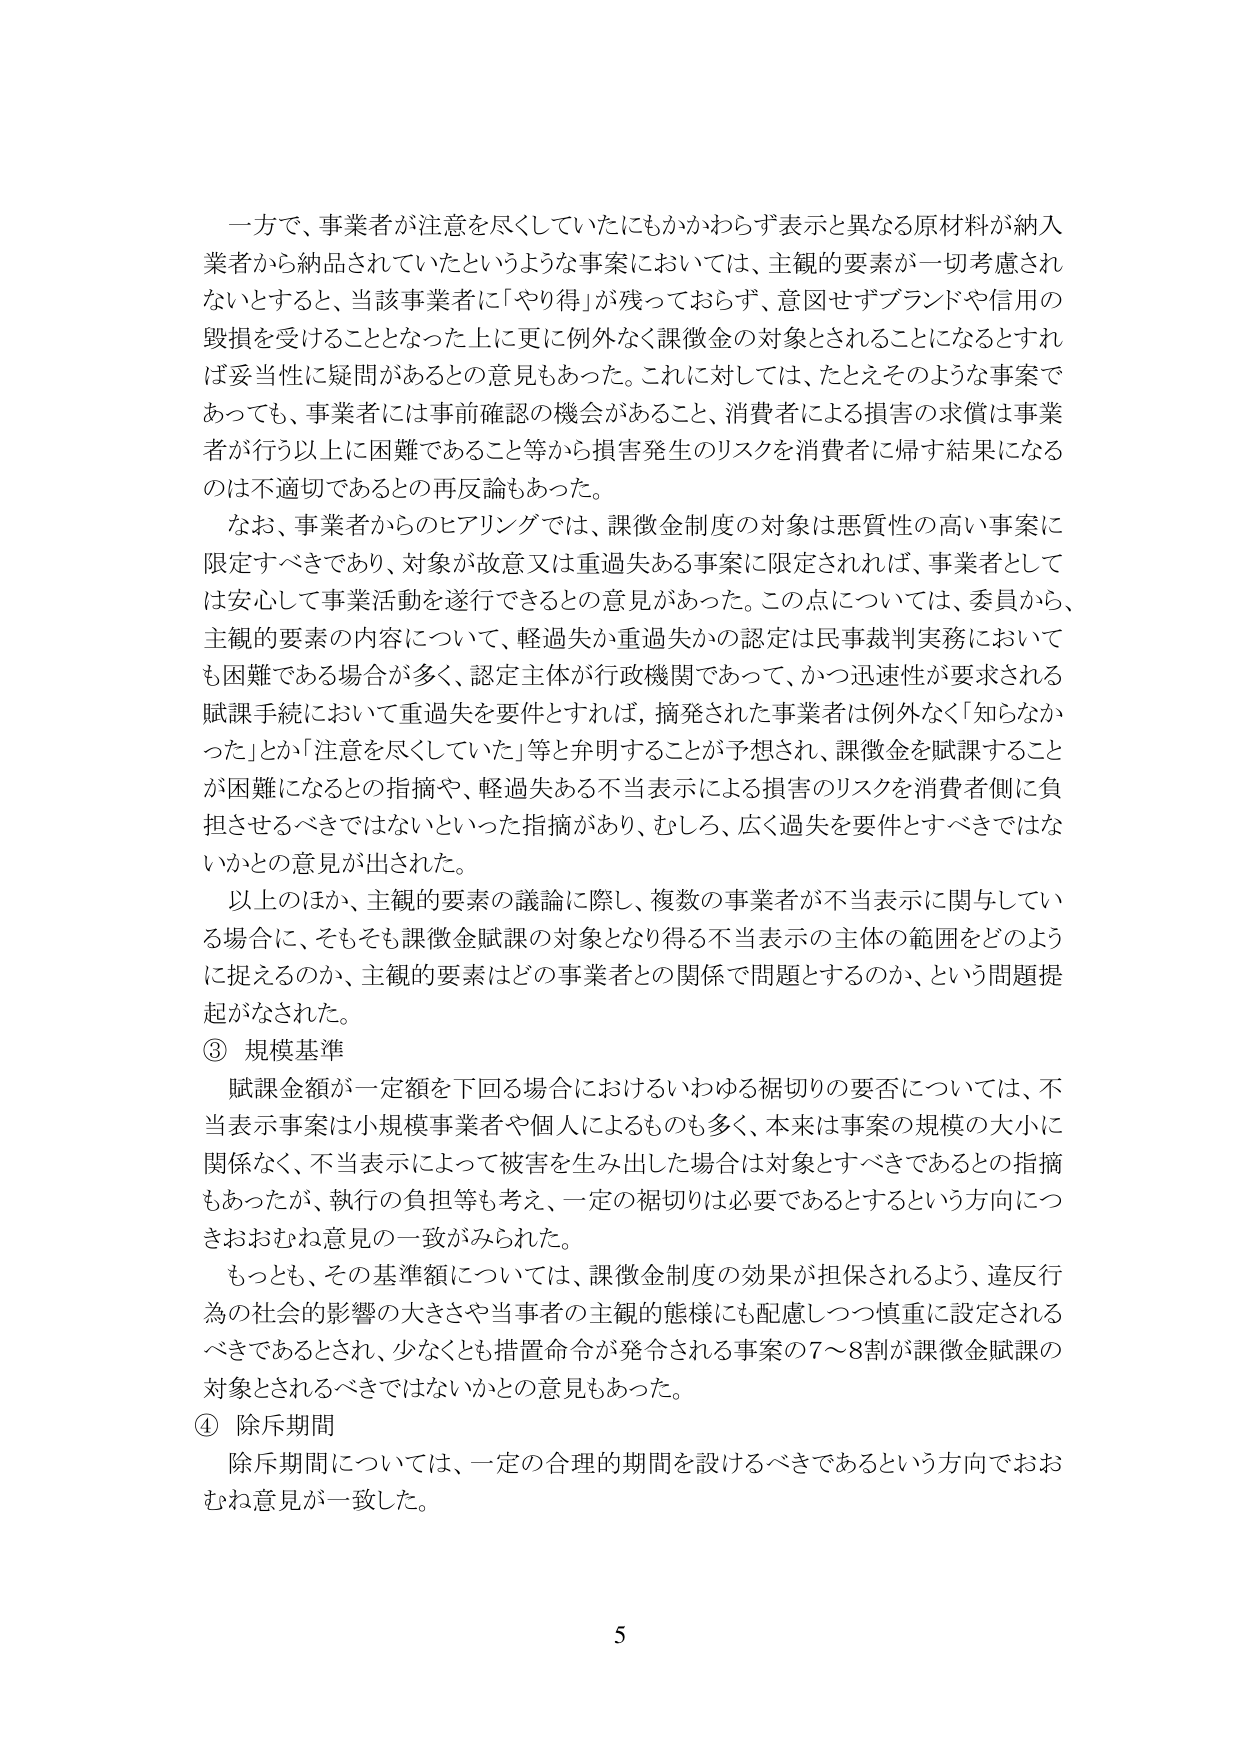
一方で、事業者が注意を尽くしていたにもかかわらず表示と異なる原材料が納入業者から納品されていたというような事案においては、主観的要素が一切考慮されないとすると、当該事業者に「やり得」が残っておらず、意図せずブランドや信用の毀損を受けることとなった上に更に例外なく課徴金の対象とされることになるとすれば妥当性に疑問があるとの意見もあった。これに対しては、たとえそのような事案であっても、事業者には事前確認の機会があること、消費者による損害の求償は事業者が行う以上に困難であること等から損害発生のリスクを消費者に帰す結果になるのは不適切であるとの再反論もあった。

なお、事業者からのヒアリングでは、課徴金制度の対象は悪質性の高い事案に限定すべきであり、対象が故意又は重過失ある事案に限定されれば、事業者としては安心して事業活動を遂行できるとの意見があった。この点については、委員から、主観的要素の内容について、軽過失か重過失かの認定は民事裁判実務においても困難である場合が多く、認定主体が行政機関であって、かつ迅速性が要求される賦課手続において重過失を要件とすれば、摘発された事業者は例外なく「知らなかった」とか「注意を尽くしていた」等と弁明することが予想され、課徴金を賦課することが困難になるとの指摘や、軽過失ある不当表示による損害のリスクを消費者側に負担させるべきではないといった指摘があり、むしろ、広く過失を要件とすべきではないかとの意見が出された。

以上のほか、主観的要素の議論に際し、複数の事業者が不当表示に関与している場合に、そもそも課徴金賦課の対象となり得る不当表示の主体の範囲をどのように捉えるのか、主観的要素はどの事業者との関係で問題とするのか、という問題提起がなされた。

③ 規模基準

賦課金額が一定額を下回る場合におけるいわゆる裾切りの要否については、不当表示事案は小規模事業者や個人によるものも多く、本来は事案の規模の大小に関係なく、不当表示によって被害を生み出した場合は対象とすべきであるとの指摘もあったが、執行の負担等も考え、一定の裾切りは必要であるとするという方向につきおおむね意見の一致がみられた。

もっとも、その基準額については、課徴金制度の効果が担保されるよう、違反行為の社会的影響の大きさや当事者の主観的態様にも配慮しつつ慎重に設定されるべきであるとされ、少なくとも措置命令が発令される事案の7～8割が課徴金賦課の対象とされるべきではないかとの意見もあった。

④ 除斥期間

除斥期間については、一定の合理的期間を設けるべきであるという方向でおおむね意見が一致した。

5